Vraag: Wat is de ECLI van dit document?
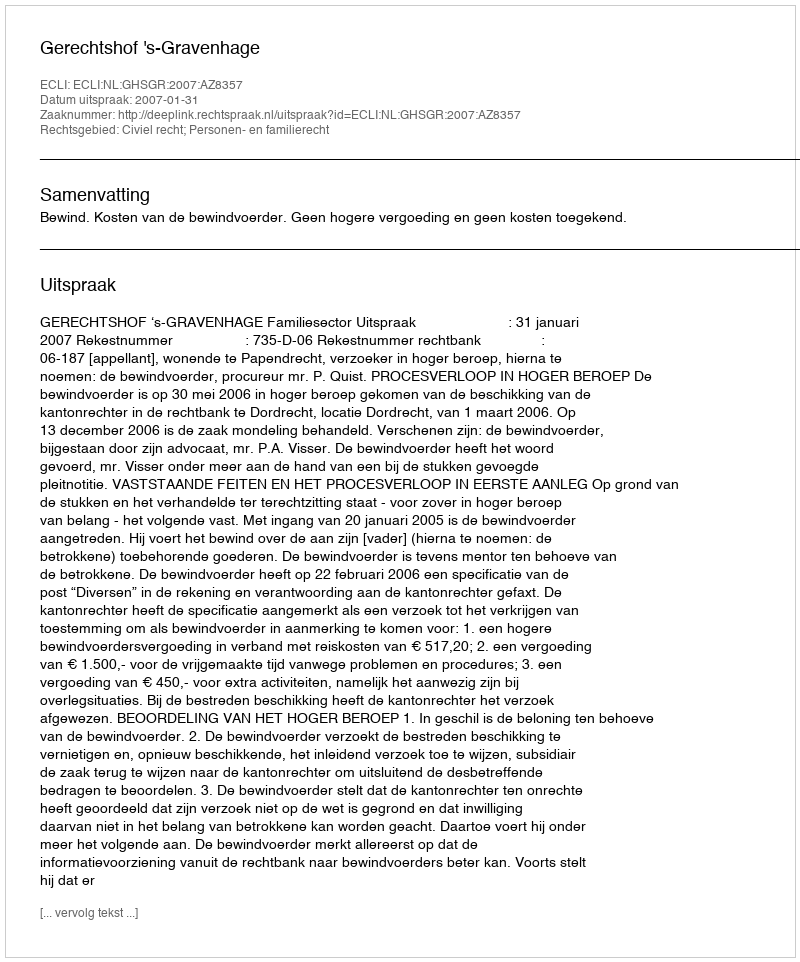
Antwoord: ECLI:NL:GHSGR:2007:AZ8357